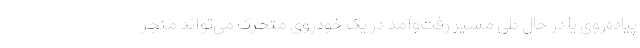
پیاده‌روی یا در حال طی مسیر رفت‌وآمد در یک خودروی متحرک می‌تواند منجر